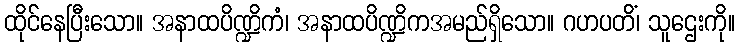
ထိုင်နေပြီးသော။ အနာထပိဏ္ဍိကံ၊ အနာထပိဏ္ဍိကအမည်ရှိသော။ ဂဟပတိံ၊ သူဌေးကို။